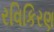
રવિકિરણ